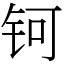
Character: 钶